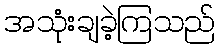
အသုံးချခဲ့ကြသည်